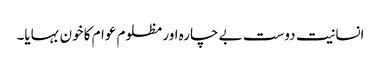
انسانیت دوست بے چارہ اور مظلوم عوام کا خون بہایا۔